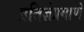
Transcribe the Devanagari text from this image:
प्रतिज्ञेप्रमाणे